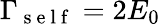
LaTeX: \Gamma_{\mathrm{~s~e~l~f~}}=2E_{0}